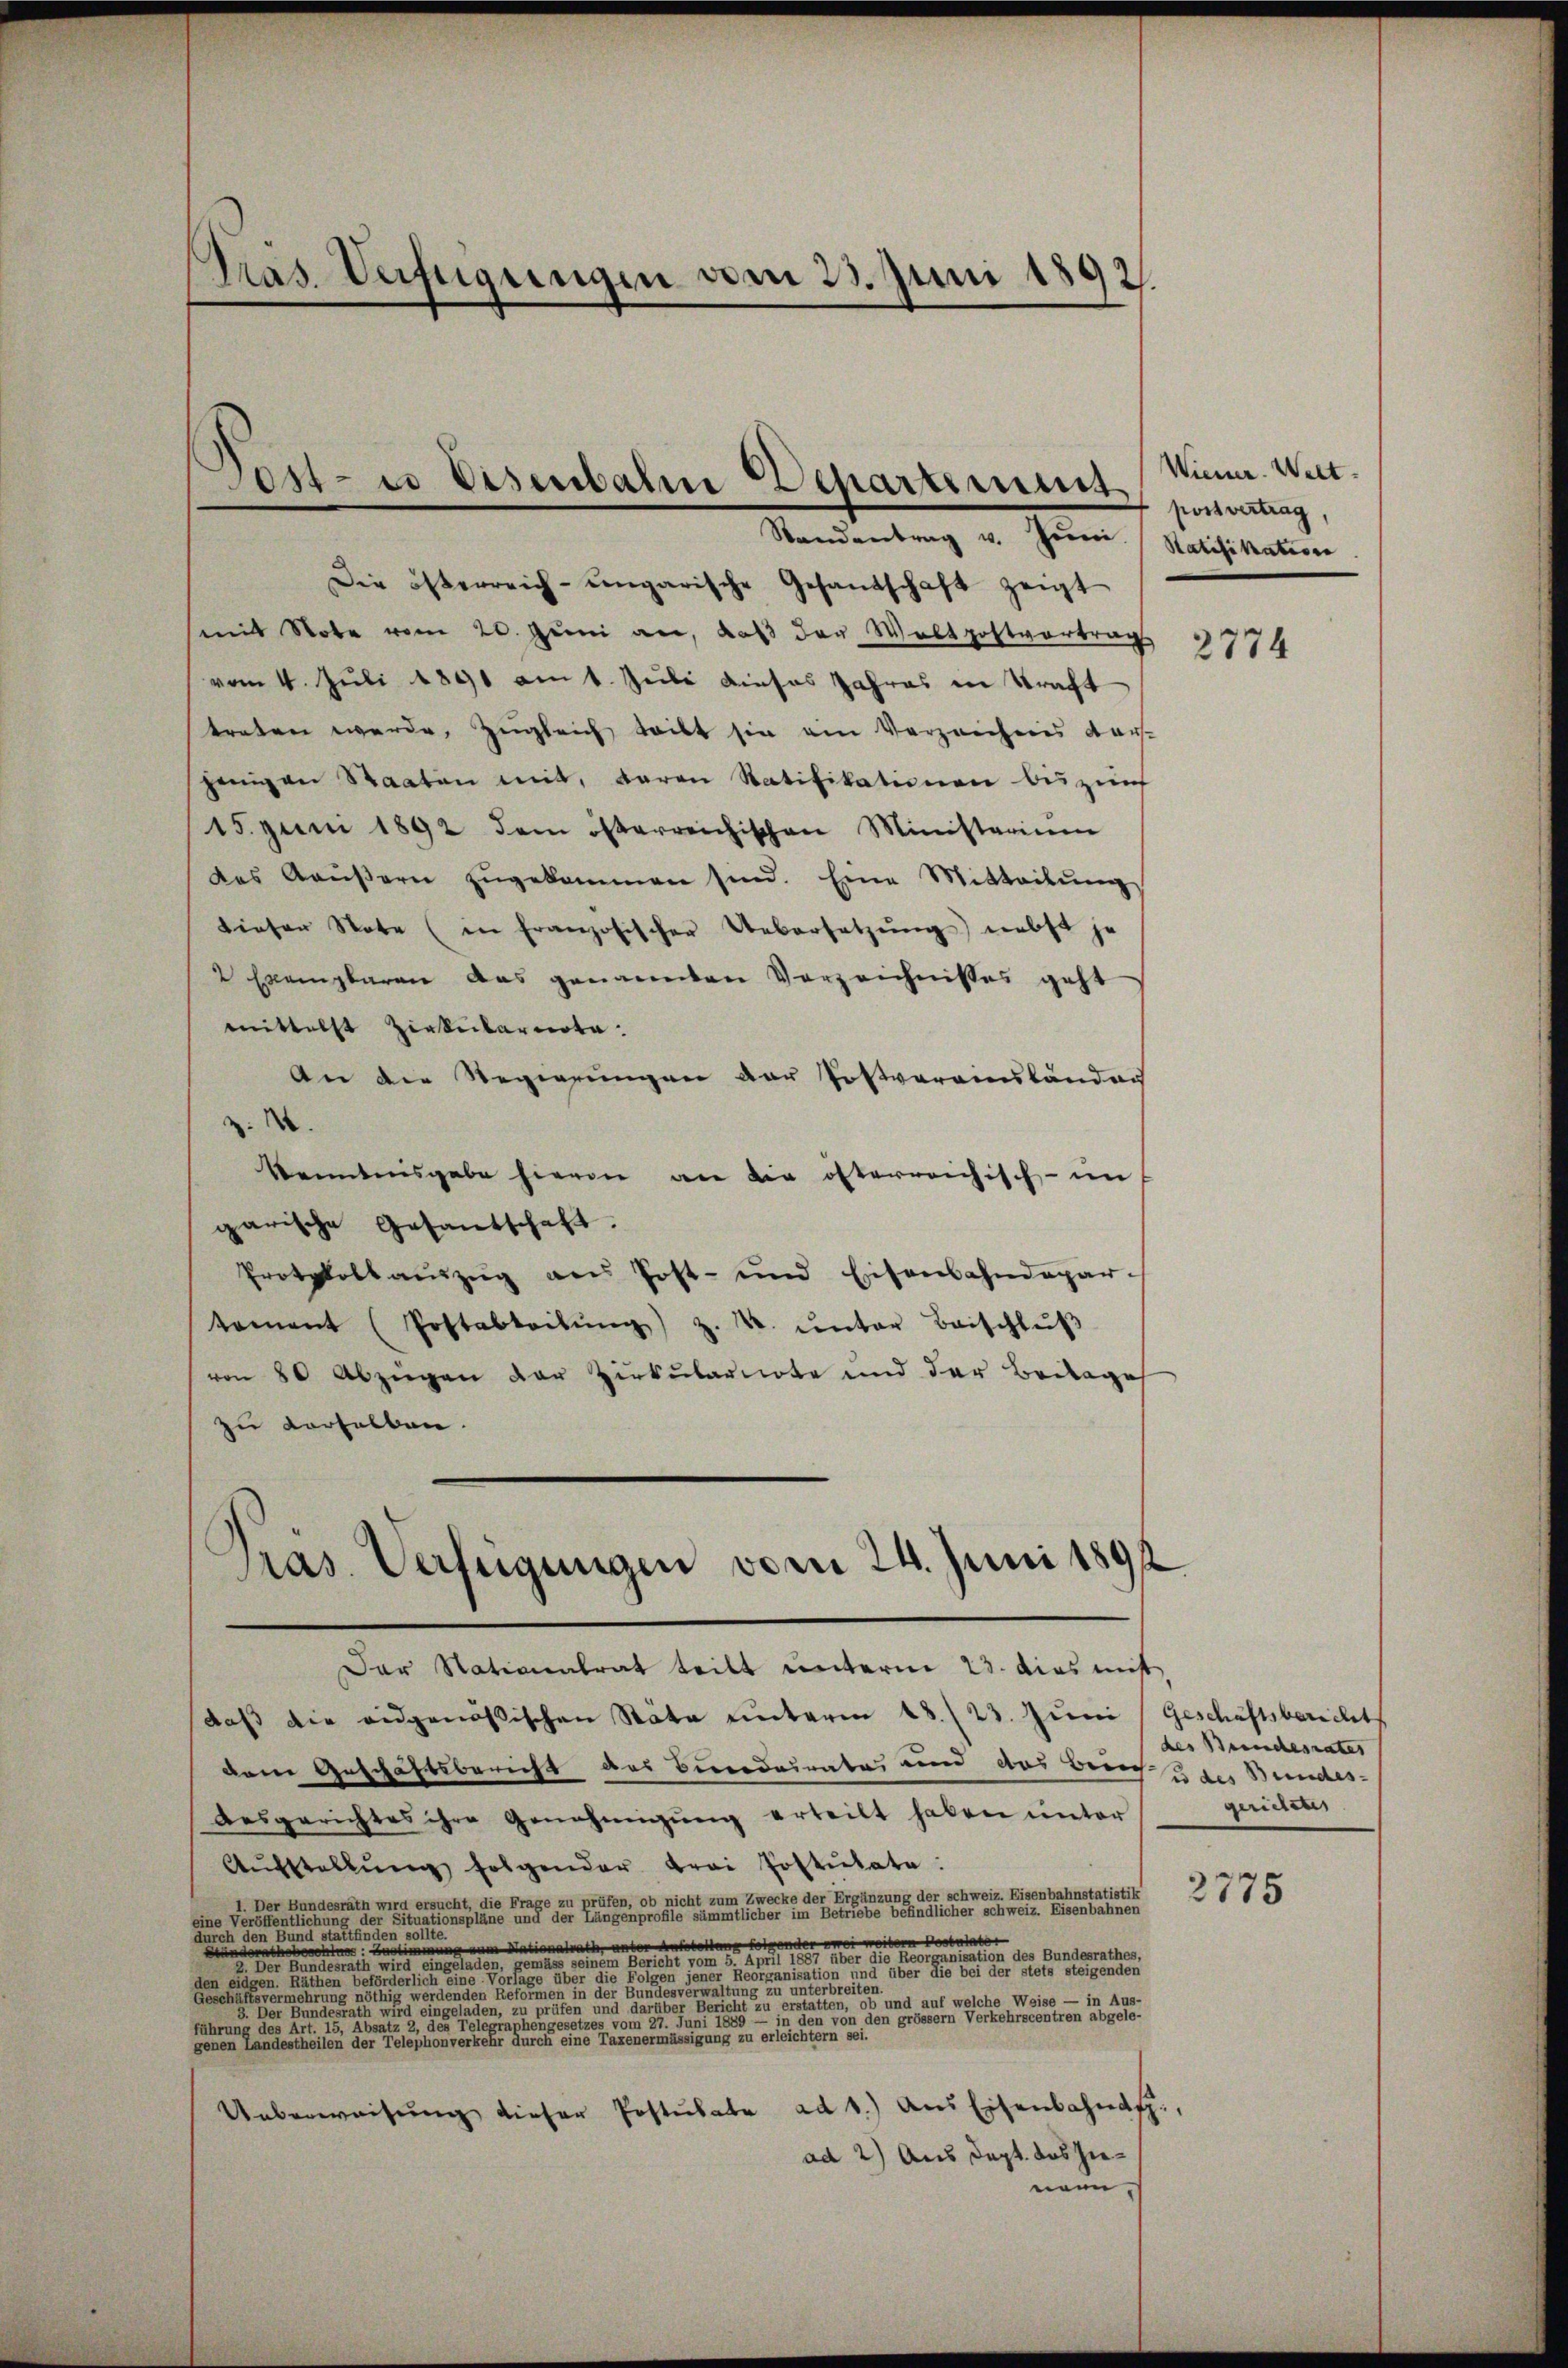
Pras. Verfügungen vom 23. Juni 1892.

ost- u Visibalm Departement
Randantrag u. Juni. (Ratifikation

Pras. Verfügungen vom 24. Juni 1891

Die österreich-ungarische Gesandschaft zeigt
mit Note vom 20. Jŭni an, daβ der Waltpostvertrag
vom 4. Juli 1891 am 1. Juli dieses Jahres in Straft
treten werde, zugleich leibt sie ein Verzeichnis dar-
jenigen Staaten mit, daran Ratifikationen bis zunf
15. Juni 1892 dem österreichischen Ministerium
das Aŭβern zŭgekommen sind. Eine Mitteilŭng
dieser Note (in Französischer Uebersetzŭng nebst je
2 Exemplaren das genannten Verzeichnisses geht
mittelst Zirkularente.
An die Regierungen der Postverainsländen
.
kenntnisgabe hievon an die öfterreichisch - im
garische Gesamtschaft.
Protokollaŭszŭg an Post- und Eisenbahndepar-
toment (Postabteilŭng z. K. ŭnter Beschlŭβ
von 80 Abzügen der Zirkularirte und der Beilage
zu derselben.

Der Nationalrat teilt unterm 23. dies mitt
daß die eidgenössischen Stäte unterm 13./23. Juni (Geschäftsbericht
dem Geschäftsbericht des Berendairates und das Beinche der Bundes-
desgerichtes ihre Genehmigŭng erteilt haben ŭnter
Aŭfstellŭng folgender frei Postŭtate:
ng der schweiz. Eisenbahnstatistik
1. Der Bundesrath wird ersucht, die Frage zu prüfen, ob nicht zum Zwecke der Ergänze

durch diesen und stattfinden Bet
Postulator
 Nationalrath unter Aufstellung folgender
der
.                                         gereiten, welcher Gerichte von 2. d. d. 15. Maire der einer eination der Cantoneher
de eigen Ritten
Geschäftsvermehrung nöthig werdenden Reformen in der Bundesverwaltung zu unterbreiten.
zu erstatten, ob und auf welche Weise — in Aus-
                                                                treten und der eine eine er eine
in den von den grösser Verkehrscentren abgele-
Ereige des Kreise eine eine an des Telegraphen gesetzes von eine an
                                                               gevereinigung in erleicht ein eine
Ueberweisŭng dieser Postulate ad 1.) aus Eisenbahnt.
ad 2) Aus dept. das hienann

Wiener. Welt.
2 possvertrag,

2774

des Beinchesrates |
gerichen

2775